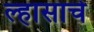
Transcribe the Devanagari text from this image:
ल्हासाचे